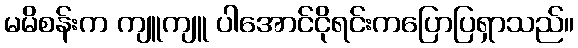
မမိစန်းက ကျူကျူ ပါအောင်ငိုရင်းကပြောပြရှာသည်။